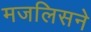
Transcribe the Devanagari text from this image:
मजलिसने